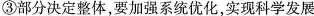
③部分决定整体，要加强系统优化，实现科学发展